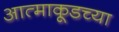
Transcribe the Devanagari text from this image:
आत्माकूडच्या